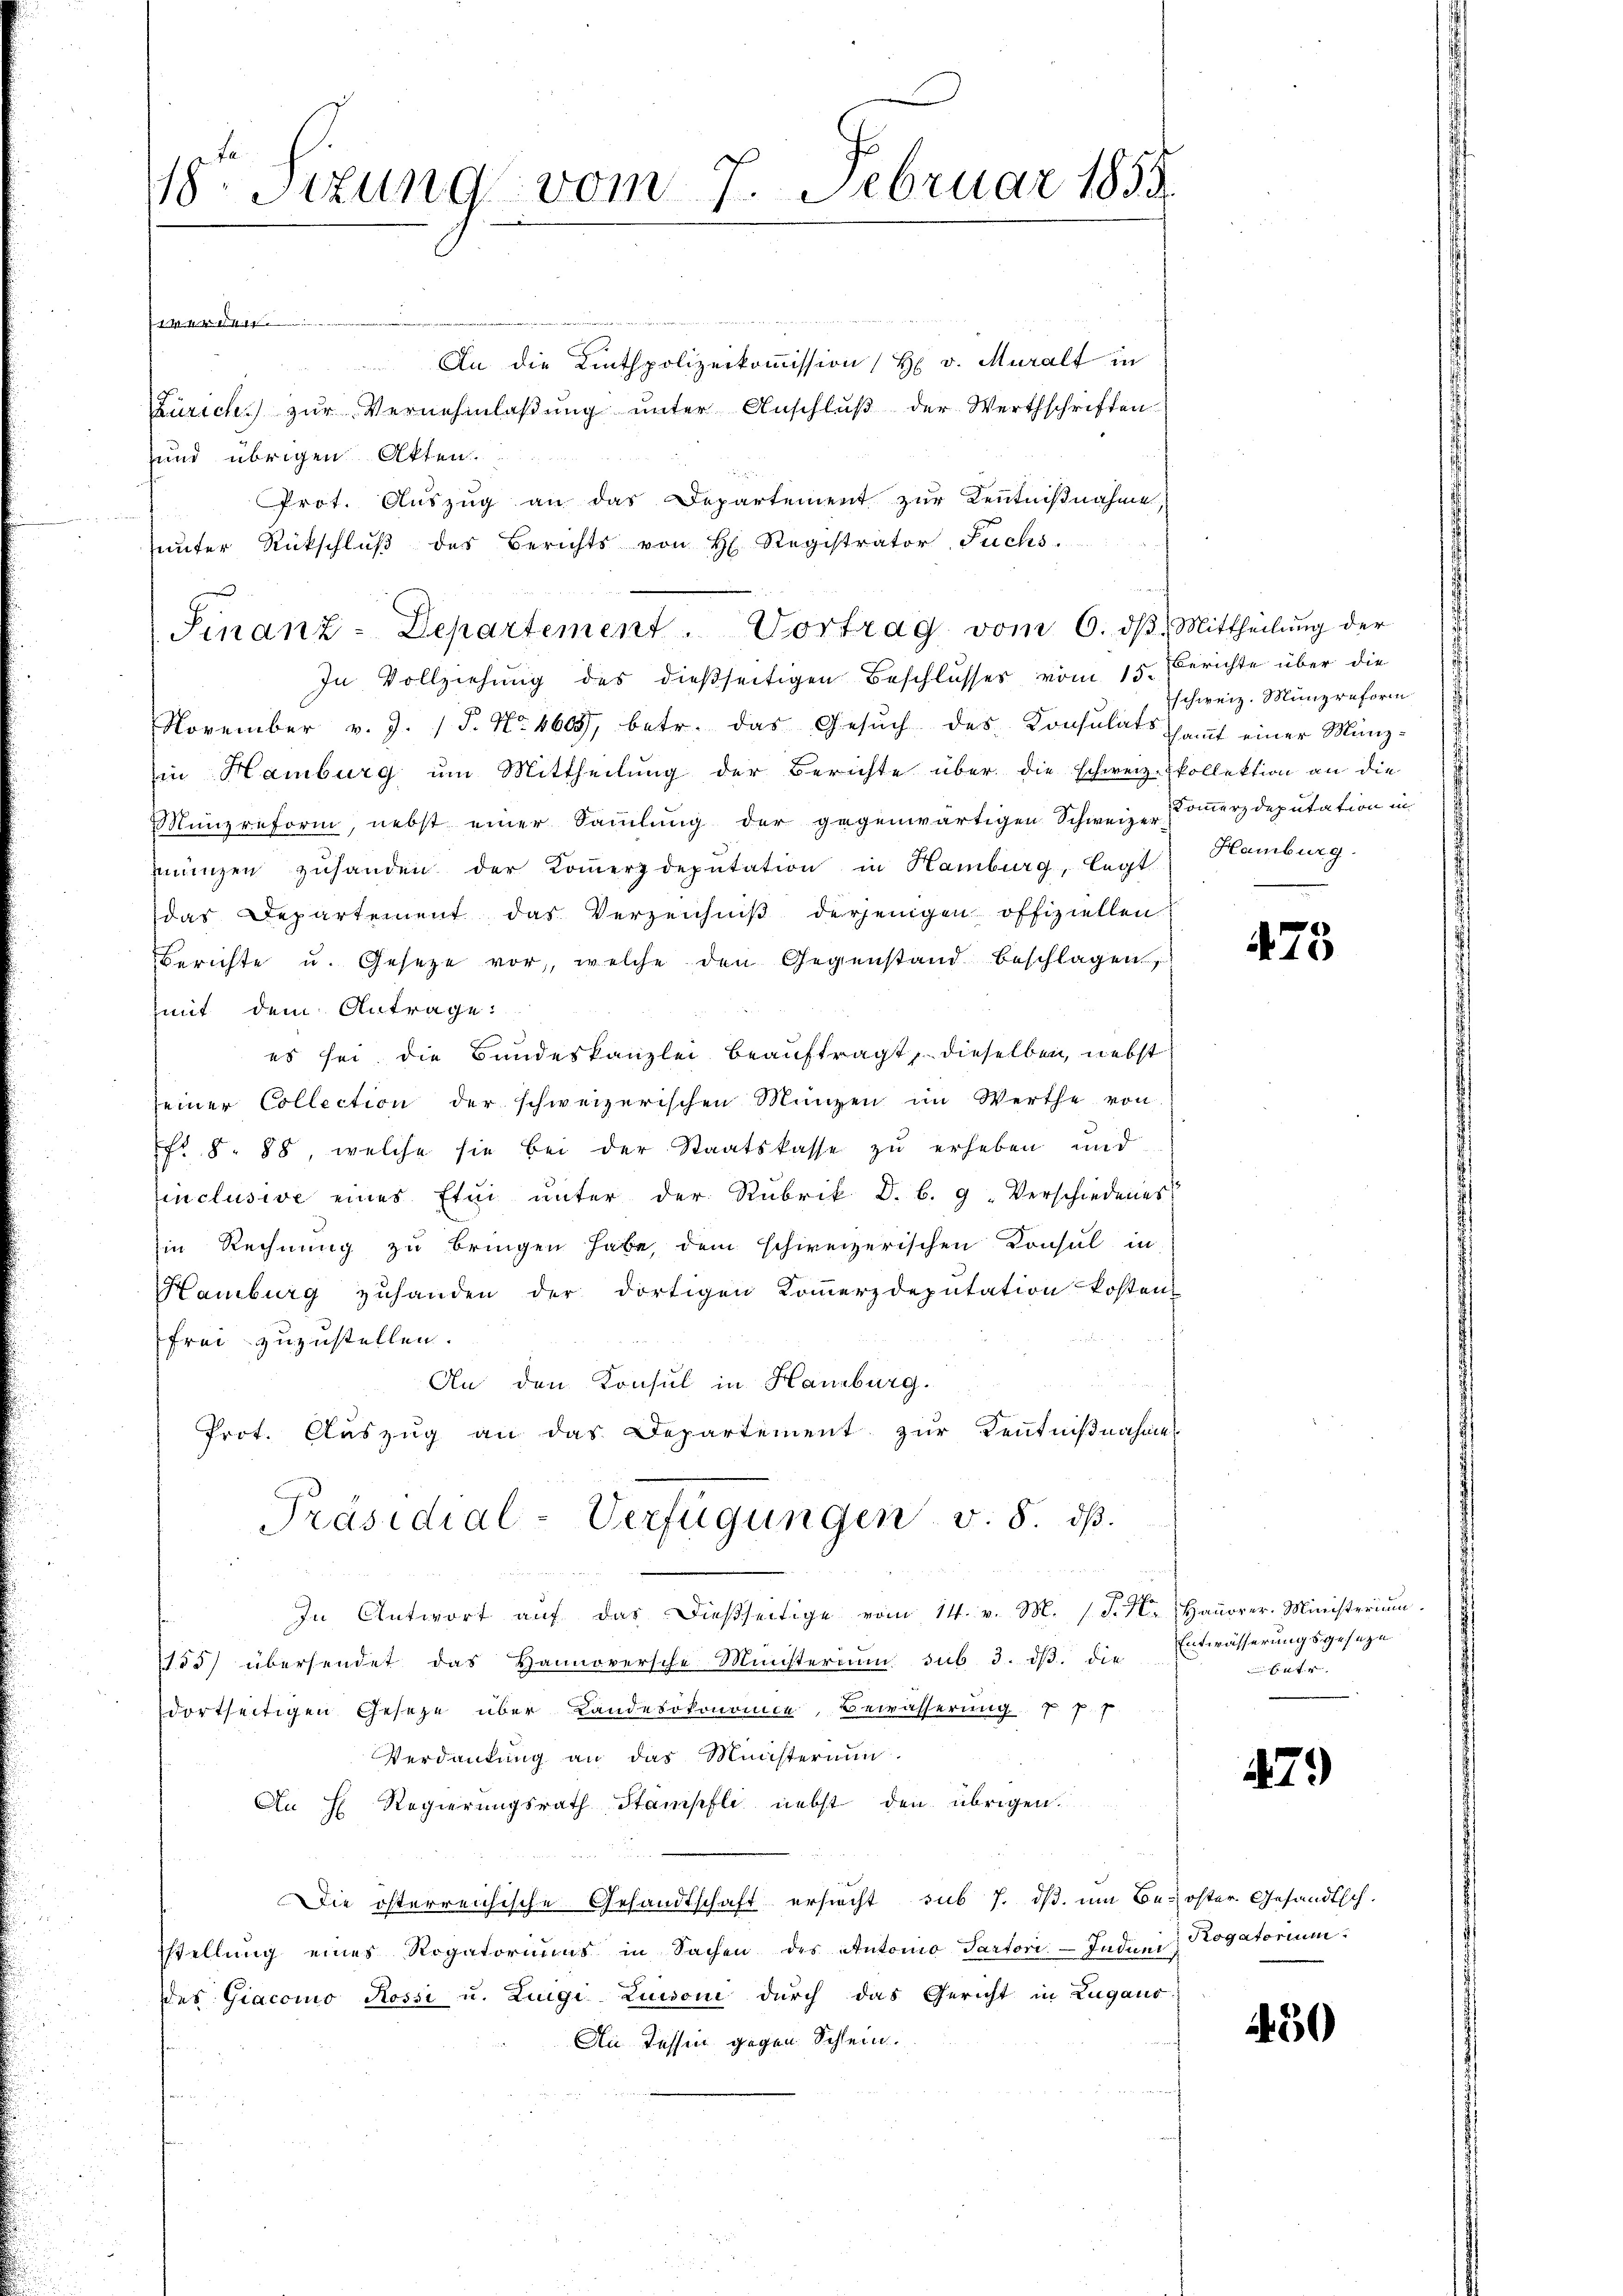
8. Sitzung vom 7. Februar 1858.

ver de
An die Linthpolizeikommission H v. Muralt in
Zürich zŭr Vernehmlaβŭng ŭnter Anschlŭβ der Werthschriften
und übrigen Akten.
Prot. Auszug an das Departement zur Kenntnißnahme
ŭnter Rückschlŭβ des Berichts von H. Registrator Fuchs.
In Vollziehung des dießseitigen Beschlusses vom 15.
November v. J. P. Nr. 460 betr. das Gesŭch des Konsulats saṁt einer Münz-
in Hamburg um Mittheilung der Berichte über die schweiz. Collektion an die
Münzreform, nebst einer Sammlung der gegenwärtigen Schweizer Comerzdeputation in
ingen zuhanden der Koṁerzdeputation in Hamburg, legt. Hamburg.
das Departement das Verzeichniß derjenigen offiziellen
Berichte u. Gesetze vor, welche den Gegenstand beschlagen,
mit dem Antrage:
es sei die Bundeskanzlei beauftragt, dieselben, nebst
seiner Collection der schweizerischen Münzen im Werthe von
fr. 8. 88, welche sie bei der Staatskasse zŭ erheben und
inclusive eines Etui ŭnter der Rubrik D. b. 9. Verschiedenes
in Rechnung zu bringen habe, dem schweizerischen Konsul in
Hamburg zuhanden der dortigen Kommerzdeputation kosten-
frei zuzustellen.
An den Konsul in Hamburg.
Prot. Auszug an das Departement zur Kenntnißnahme
Präsidial-Verfügungen v. 8. ds.

In Antwort aŭf das dießseitige vom 14. v. M. (T. K. Bauorer-Ministerium.
155) übersendet das Hannoversche Ministerium sub 3. dβ. die
dortseitigen Gesetze über Landesökonomie, Bewässerung 7 p. 7
Verdankŭng an das Ministerium.
An H. Regierungsrath Stampfli nebst den übrigen.
Die österreichische Gesandtschaft ersucht sub 7. ds. um Beköster Gesandtsch.
stellung eines Rogatoriums in Sachen des Antonio Partori- Judini
des Giacomo Rossi u. Luigi Luisoni durch das Gericht in Lugano
An Tessin gegen Schlein.

Sinanz-Departement. Vortrag vom 6. dβ. Mittheilŭng der

Berichte über die
schweiz. Münzreform

475

Entwässerungsgeseze
Et

479)

Rogatorium

450